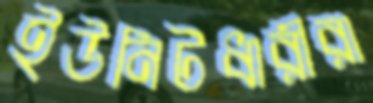
ইউনিটধারীরা